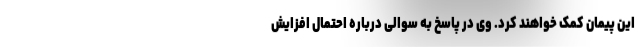
این پیمان کمک خواهند کرد. وی در پاسخ به سوالی درباره احتمال افزایش